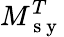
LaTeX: M_{\mathrm{~s~y~}}^{T}